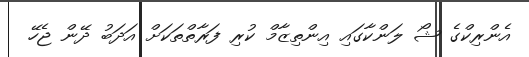
އެންރިކްގެ ޝޯ ލަންކާގައި އިންތިޒާމް ކުރި ފަރާތްތަކަށް އަދަބު ދޭން ޖެހޭ